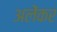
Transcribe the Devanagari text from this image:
अलेंकर